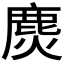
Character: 𲎋